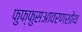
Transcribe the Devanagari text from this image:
फुफ्फुसआवरणशोथ